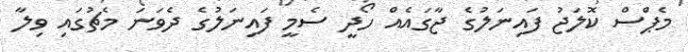
މެޕްސް ކޮލަޖު ފައިނަލުގެ ޖާގައެއް ހޯދީ ސެމީ ފައިނަލުގެ ދެވަނަ މެޗުގައި ވިލާ